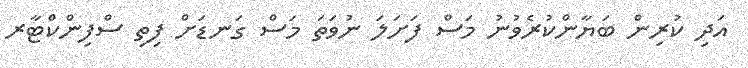
އަދި ކުރިން ބަޔާންކުރެވުނު މަސް ފަށަލަ ނުވަތަ މަސް ގަނޑަށް ފިތި ސްފިންކްޓާރ